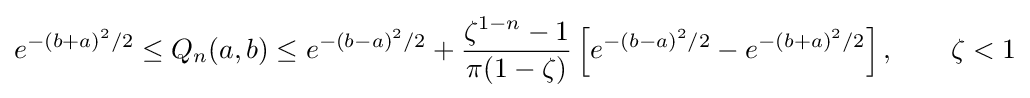
e^{-(b+a)^{2}/2}\leq Q_{n}(a,b)\leq e^{-(b-a)^{2}/2}+{\frac {\zeta ^{1-n}-1}{\pi (1-\zeta )}}\left[e^{-(b-a)^{2}/2}-e^{-(b+a)^{2}/2}\right],\qquad \zeta <1